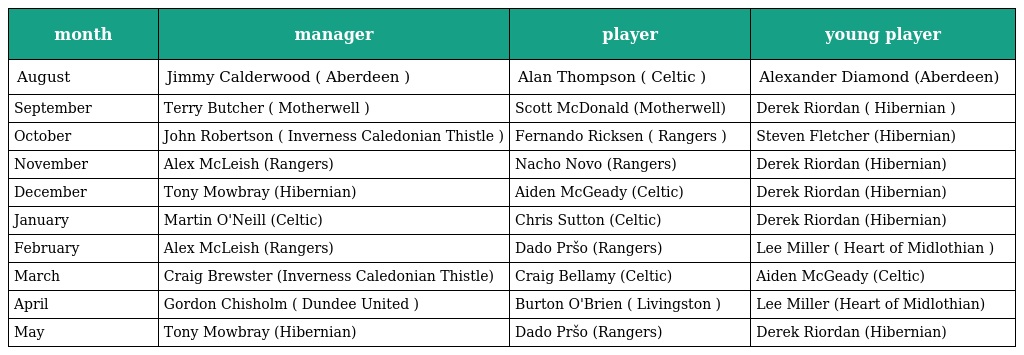
| month | manager | player | young player |
 | --- | --- | --- | --- |
 | August | Jimmy Calderwood ( Aberdeen ) | Alan Thompson ( Celtic ) | Alexander Diamond (Aberdeen) |
 | September | Terry Butcher ( Motherwell ) | Scott McDonald (Motherwell) | Derek Riordan ( Hibernian ) |
 | October | John Robertson ( Inverness Caledonian Thistle ) | Fernando Ricksen ( Rangers ) | Steven Fletcher (Hibernian) |
 | November | Alex McLeish (Rangers) | Nacho Novo (Rangers) | Derek Riordan (Hibernian) |
 | December | Tony Mowbray (Hibernian) | Aiden McGeady (Celtic) | Derek Riordan (Hibernian) |
 | January | Martin O'Neill (Celtic) | Chris Sutton (Celtic) | Derek Riordan (Hibernian) |
 | February | Alex McLeish (Rangers) | Dado Pršo (Rangers) | Lee Miller ( Heart of Midlothian ) |
 | March | Craig Brewster (Inverness Caledonian Thistle) | Craig Bellamy (Celtic) | Aiden McGeady (Celtic) |
 | April | Gordon Chisholm ( Dundee United ) | Burton O'Brien ( Livingston ) | Lee Miller (Heart of Midlothian) |
 | May | Tony Mowbray (Hibernian) | Dado Pršo (Rangers) | Derek Riordan (Hibernian) |